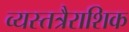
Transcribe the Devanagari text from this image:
व्यस्तत्रैराशिक